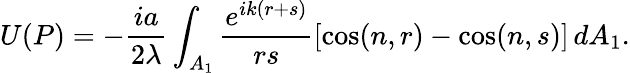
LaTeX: U(P)=-{\frac{ia}{2\lambda}}\int_{A_{1}}{\frac{e^{ik(r+s)}}{rs}}[\cos(n,r)-\cos(n,s)]\, d{A_{1}}.